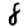
Digit: 8